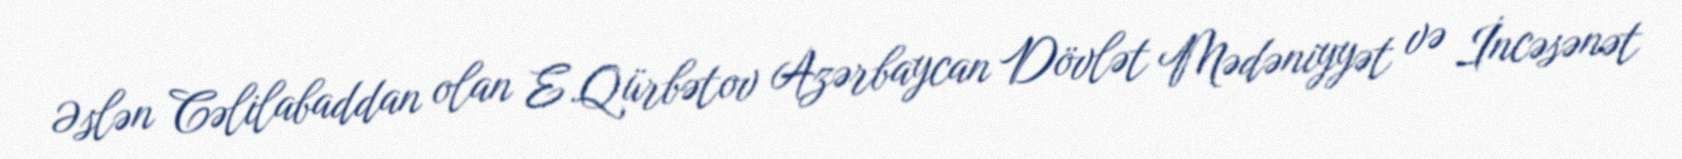
Əslən Cəlilabaddan olan E.Qürbətov Azərbaycan Dövlət Mədəniyyət və İncəsənət